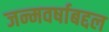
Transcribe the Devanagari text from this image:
जन्मवर्षाबद्दल